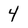
Character: 4